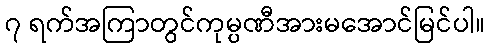
၇ ရက်အကြာတွင်ကုမ္ပဏီအားမအောင်မြင်ပါ။